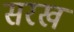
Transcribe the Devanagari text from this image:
सरख